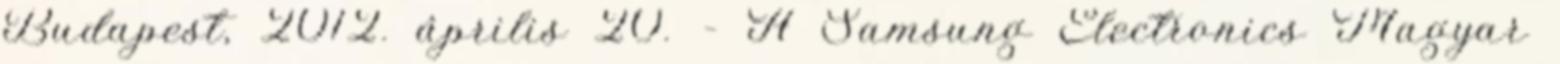
Budapest, 2012. április 20. – A Samsung Electronics Magyar